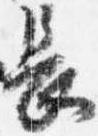
長